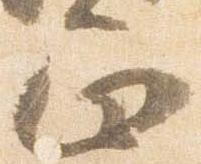
正